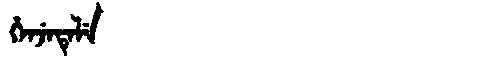
Manchu: ᡥᡝᠨᠵᡝᡨᡝᠯᡝ
Romanization: HENJETELE